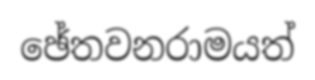
ඡේතවනරාමයත්